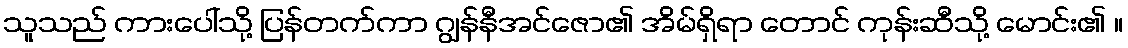
သူသည် ကားပေါ်သို့ ပြန်တက်ကာ ဂျွန်နီအင်ဇော၏ အိမ်ရှိရာ တောင် ကုန်းဆီသို့ မောင်း၏ ။